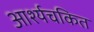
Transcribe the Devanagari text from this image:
आर्श्यचकित